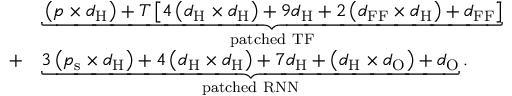
\begin{array} { r l } & { \underbrace { \left( p \times d _ { \mathrm { H } } \right) + T \left[ 4 \left( d _ { \mathrm { H } } \times d _ { \mathrm { H } } \right) + 9 d _ { \mathrm { H } } + 2 \left( d _ { \mathrm { F F } } \times d _ { \mathrm { H } } \right) + d _ { \mathrm { F F } } \right] } _ { \mathrm { p a t c h e d } \ \mathrm { T F } } } \\ { + } & { \underbrace { 3 \left( p _ { \mathrm { s } } \times d _ { \mathrm { H } } \right) + 4 \left( d _ { \mathrm { H } } \times d _ { \mathrm { H } } \right) + 7 d _ { \mathrm { H } } + \left( d _ { \mathrm { H } } \times d _ { \mathrm { O } } \right) + d _ { \mathrm { O } } } _ { \mathrm { p a t c h e d } \ \mathrm { R N N } } . } \end{array}